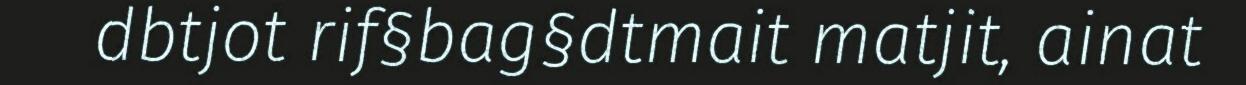
dbtjot rif§bag§dtmait matjit, ainat